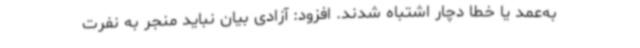
به‌عمد یا خطا دچار اشتباه شدند. افزود: آزادی بیان نباید منجر به نفرت